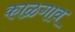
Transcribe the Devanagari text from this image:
काळगाव